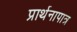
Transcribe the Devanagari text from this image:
प्रार्थनापात्र